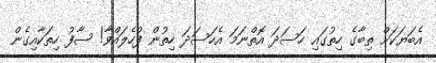
އެބަޔަކަށް ތިބާގެ ހިތުގަައި ހަސަދަ އޮތްނަމަ އެހަސަދަ ހިތުން ފުހެލައްވާ! ސާފު ހިތަކާއިގެން